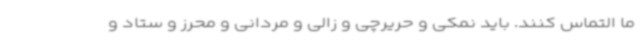
ما التماس کنند. باید نمکی و حریرچی و زالی و مردانی و محرز و ستاد و